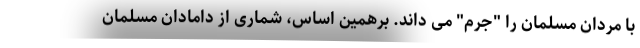
با مردان مسلمان را "جرم" می داند. برهمین اساس، شماری از دامادان مسلمان